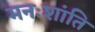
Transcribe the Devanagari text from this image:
मनःशांति